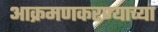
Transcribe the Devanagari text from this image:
आक्रमणकरण्याच्या